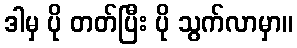
ဒါမှ ပို တတ်ပြီး ပို သွက်လာမှာ။